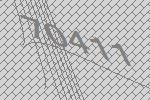
70411